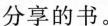
分享的书.